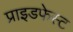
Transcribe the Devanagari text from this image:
प्राइडफेस्ट